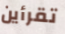
تقرأين